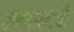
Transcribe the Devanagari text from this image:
अहवालांची